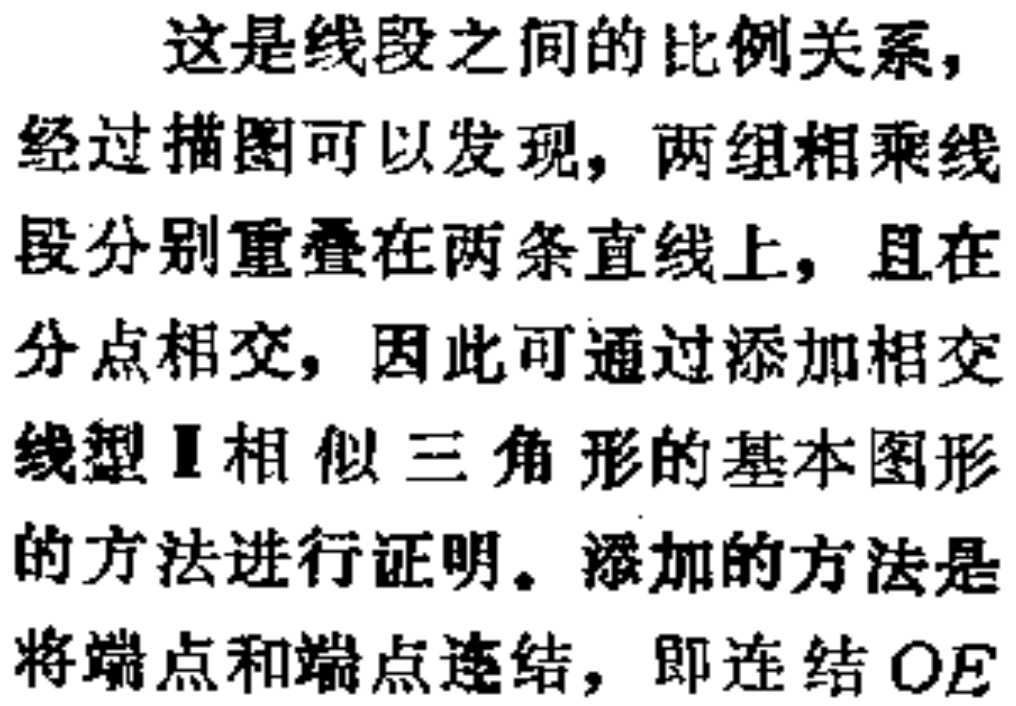
这是线段之间的比例关系，经过描图可以发现，两组相乘线段分别重叠在两条直线上，且在分点相交，因此可通过添加相交线型Ｉ相似三角形的基本图形的方法进行证明。添加的方法是将端点和端点连结，即连结 \(OE\)